Civil Veterinary Dept. Bombay admin report 1893-99 - 1893-1899
Year: 1893
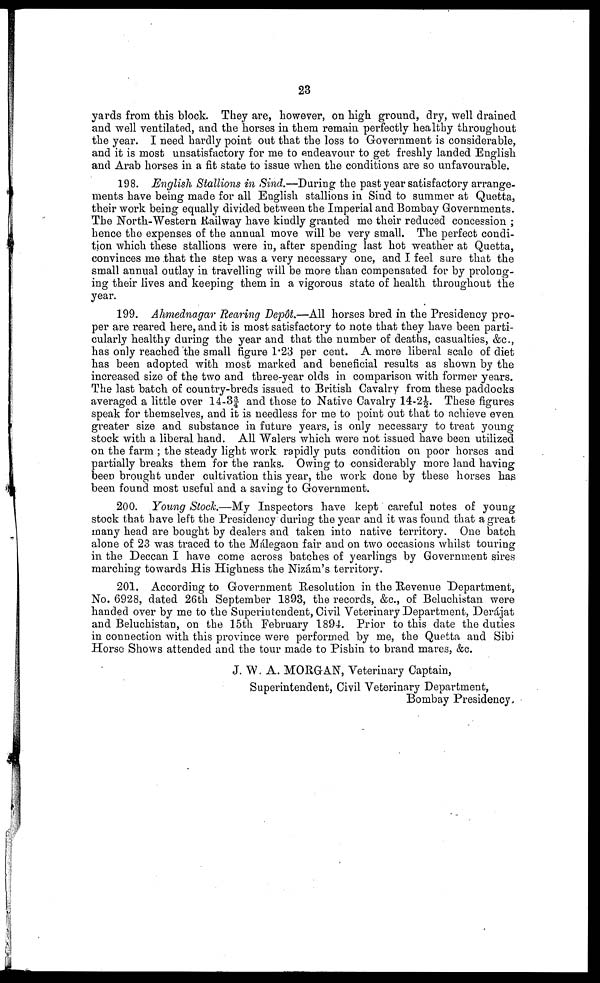
23
yards from this block. They are, however, on high ground, dry, well drained
and well ventilated, and the horses in them remain perfectly healthy throughout
the year. I need hardly point out that the loss to Government is considerable,
and it is most unsatisfactory for me to endeavour to get freshly landed English
and Arab horses in a fit state to issue when the conditions are so unfavourable.
198. English Stallions in Sind.—During the past year satisfactory arrange-
ments have being made for all English stallions in Sind to summer at Quetta,
their work being equally divided between the Imperial and Bombay Governments.
The North-Western Railway have kindly granted me their reduced concession ;
hence the expenses of the annual move will be very small. The perfect condi-
tion which these stallions were in, after spending last hot weather at Quetta,
convinces me that the step was a very necessary one, and I feel sure that the
small annual outlay in travelling will be more than compensated for by prolong-
ing their lives and keeping them in a vigorous state of health throughout the
year.
199. Ahmednagar Rearing Depôt.—All horses bred in the Presidency pro-
per are reared here, and it is most satisfactory to note that they have been parti-
cularly healthy during the year and that the number of deaths, casualties, &c.,
has only reached the small figure 1.23 per cent. A more liberal scale of diet
has been adopted with most marked and beneficial results as shown by the
increased size of the two and three-year olds in comparison with former years.
The last batch of country-breds issued to British Cavalry from these paddocks
averaged a little over 14-3¾ and those to Native Cavalry 14-2½. These figures
speak for themselves, and it is needless for me to point out that to achieve even
greater size and substance in future years, is only necessary to treat young
stock with a liberal hand. All Walers which were not issued have been utilized
on the farm; the steady light work rapidly puts condition on poor horses and
partially breaks them for the ranks. Owing to considerably more land having
been brought under cultivation this year, the work done by these horses has
been found most useful and a saving to Government.
200. Young Stock.—My Inspectors have kept careful notes of young
stock that have left the Presidency during the year and it was found that a great
many head are bought by dealers and taken into native territory. One batch
alone of 23 was traced to the Málegaon fair and on two occasions whilst touring
in the Deccan I have come across batches of yearlings by Government sires
marching towards His Highness the Nizám's territory.
201. According to Government Resolution in the Revenue Department,
No. 6928, dated 26th September 1893, the records, &c., of Beluchistan were
handed over by me to the Superintendent, Civil Veterinary Department, Derájat
and Beluchistan, on the 15th February 1894. Prior to this date the duties
in connection with this province were performed by me, the Quetta and Sibi
Horse Shows attended and the tour made to Pishin to brand mares, &c.
J. W. A. MORGAN, Veterinary Captain,
Superintendent, Civil Veterinary Department,
Bombay Presidency.